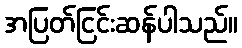
အပြတ်ငြင်းဆန်ပါသည်။